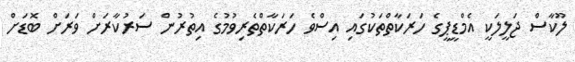
ލޫކާސް ޖަލީލަކީ އެމްޑީޕީގެ ހަރަކާތްތަކުގައި އިސްވެ ހަރަކާތްތެރިވުމުގެ އިތުރުން ސަރުކާރަށް ވަރަށް ބޮޑަށް